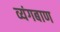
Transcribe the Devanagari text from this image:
व्यंगबाण